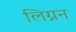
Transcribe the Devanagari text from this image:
लिग्नन